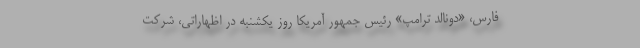
فارس، «دونالد ترامپ» رئیس جمهور آمریکا روز یکشنبه در اظهاراتی، شرکت